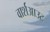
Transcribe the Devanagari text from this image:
वार्शआउट